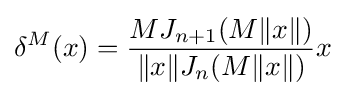
\delta ^{M}(x)={\frac {MJ_{n+1}(M\|x\|)}{\|x\|J_{n}(M\|x\|)}}x